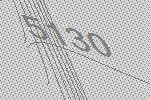
5130